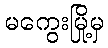
မကွေးမြို့မှ